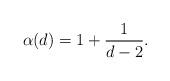
LaTeX: \begin{align*}\alpha(d)=1+\frac 1{d-2}.\end{align*}